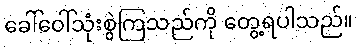
ခေါ်ဝေါ်သုံးစွဲကြသည်ကို တွေ့ရပါသည်။